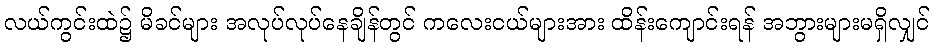
လယ်ကွင်းထဲ၌ မိခင်များ အလုပ်လုပ်နေချိန်တွင် ကလေးငယ်များအား ထိန်းကျောင်းရန် အဘွားများမရှိလျှင်